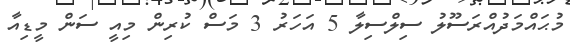
މުޙައްމަދުއްރަސޫލު ސިލްސިލާ 5 އަހަރު 3 މަސް ކުރިން މިއީ ސަން މީޑިއާ